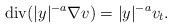
LaTeX: \begin{align*}\operatorname{div}(|y|^{-a} \nabla v) = |y|^{-a} v_t.\end{align*}